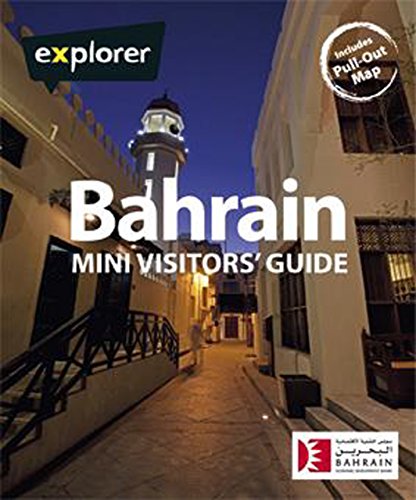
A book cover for Bahrain Mini Visitors' Guide (Explorer - Mini Visitor's Guides); Explorer Publishing; Travel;